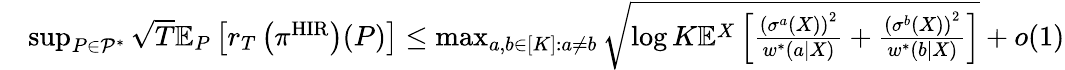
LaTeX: \begin{array}{rl}&{\operatorname*{sup}_{P\in\mathcal{P}^{*}}\sqrt{T}\mathbb{E}_{P}\left[r_{T}\left(\pi^{\mathrm{HIR}}\right)(P)\right]\leq\operatorname*{max}_{a,b\in[K]:a\neq b}\sqrt{\log K\mathbb{E}^{X}\left[\frac{\left(\sigma^{a}(X)\right)^{2}}{w^{*}(a|X)}+\frac{\left(\sigma^{b}(X)\right)^{2}}{w^{*}(b|X)}\right]}+o(1)}\end{array}